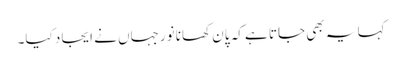
کہا یہ بھی جاتا ہے کہ پان کھانا نورجہاں نے ایجاد کیا۔